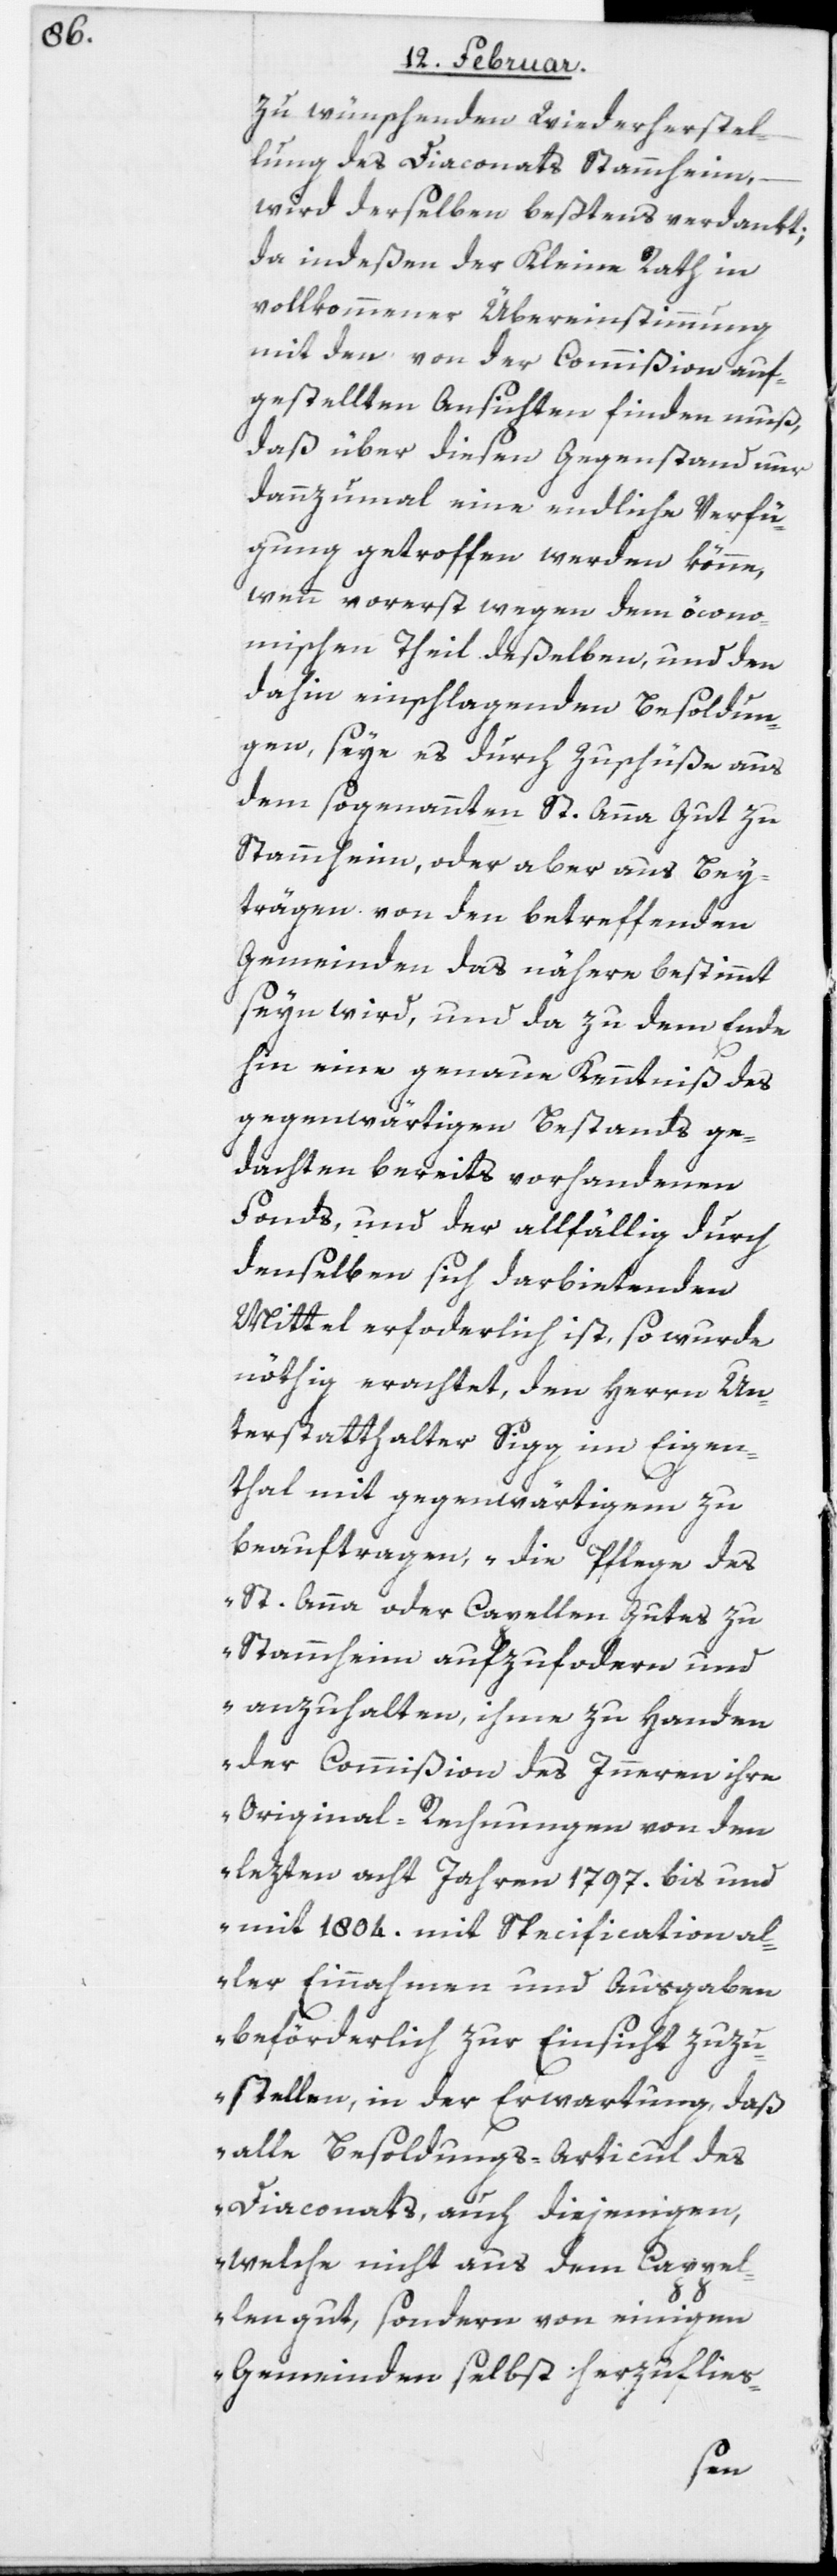
zu wünschenden Wiederherstel¬
lung des Diaconats Stammheim,
wird derselben bestens verdankt;
da indeßen der Kleine Rath in
vollkommener Übereinstimmung
mit den von der Commißion auf¬
gestellten Ansichten finden muß,
daß über diesen Gegenstand nur
dannzumal eine endliche Verfü¬
gung getroffen werden könne,
wenn vorerst wegen dem öcono¬
mischen Theil deßelben, und den
dahin einschlagenden Besoldun¬
gen, seye es durch Zuschüße aus
dem so genannten St. Anna[-]Gut zu
Stammheim, oder aber aus Bey¬
trägen von den betreffenden
Gemeinden das nähere bestimmt
seyn wird, und da zu dem Ende
hin eine genaue Kenntniß des
gegenwärtigen Bestands ge¬
dachten bereits vorhandenen
Fonds, und der allfällig durch
denselben sich darbietenden
Mittel erforderlich ist, so wurde
nöthig erachtet, den Herrn Un¬
terstatthalter Sigg im Eigen¬
thal mit gegenwärtigem zu
beauftragen, „die Pflege des
St. Anna[-] oder Capellen[-]Gutes zu
Stammheim aufzufordern und
anzuhalten, ihme zu Handen
der Commißion des Inneren ihre
Original-Rechnungen von den
lezten acht Jahren 1797. bis und
mit 1804. mit Specification al¬
ler Einnahmen und Ausgaben
beförderlich zur Einsicht zuzu¬
stellen, in der Erwartung, daß
alle Besoldungs-Articul des
Diaconats, auch diejenigen,
welche nicht aus dem Cappel¬
lengut, sondern von einigen
Gemeinden selbst herzuflies-